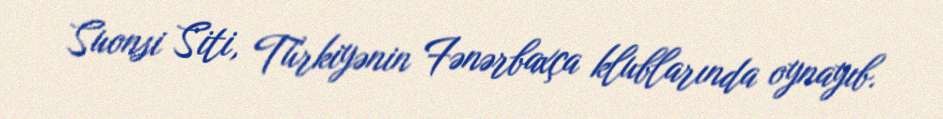
Suonsi Siti, Türkiyənin Fənərbaxça klublarında oynayıb.